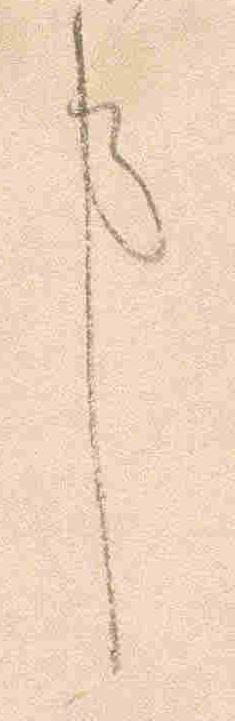
事